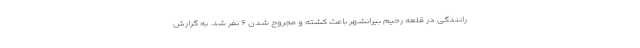
رانندگی در قلعه رحیم بیرانشهر باعث کشته و مجروح شدن ۶ نفر شد. به گزارش